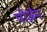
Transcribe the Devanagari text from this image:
पोज़ेन